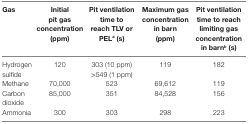
<table><thead><tr><td><b>Gas</b></td><td><b>Initial pit gas concentration (ppm)</b></td><td><b>Pit ventilation time to reach TLV or PEL<sup>a</sup> (s)</b></td><td><b>Maximum gas concentration in barn (ppm)</b></td><td><b>Pit ventilation time to reach limiting gas concentration in barn<sup>b</sup> (s)</b></td></tr></thead><tbody><tr><td rowspan="2">Hydrogen sulfide</td><td rowspan="2">120</td><td>303 (10 ppm)</td><td rowspan="2">119</td><td rowspan="2">182</td></tr><tr><td>&gt;549 (1 ppm)</td></tr><tr><td>Methane</td><td>70,000</td><td>523</td><td>69,612</td><td>119</td></tr><tr><td>Carbon dioxide</td><td>85,000</td><td>351</td><td>84,528</td><td>156</td></tr><tr><td>Ammonia</td><td>300</td><td>303</td><td>298</td><td>223</td></tr></tbody></table>